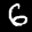
Label: 6